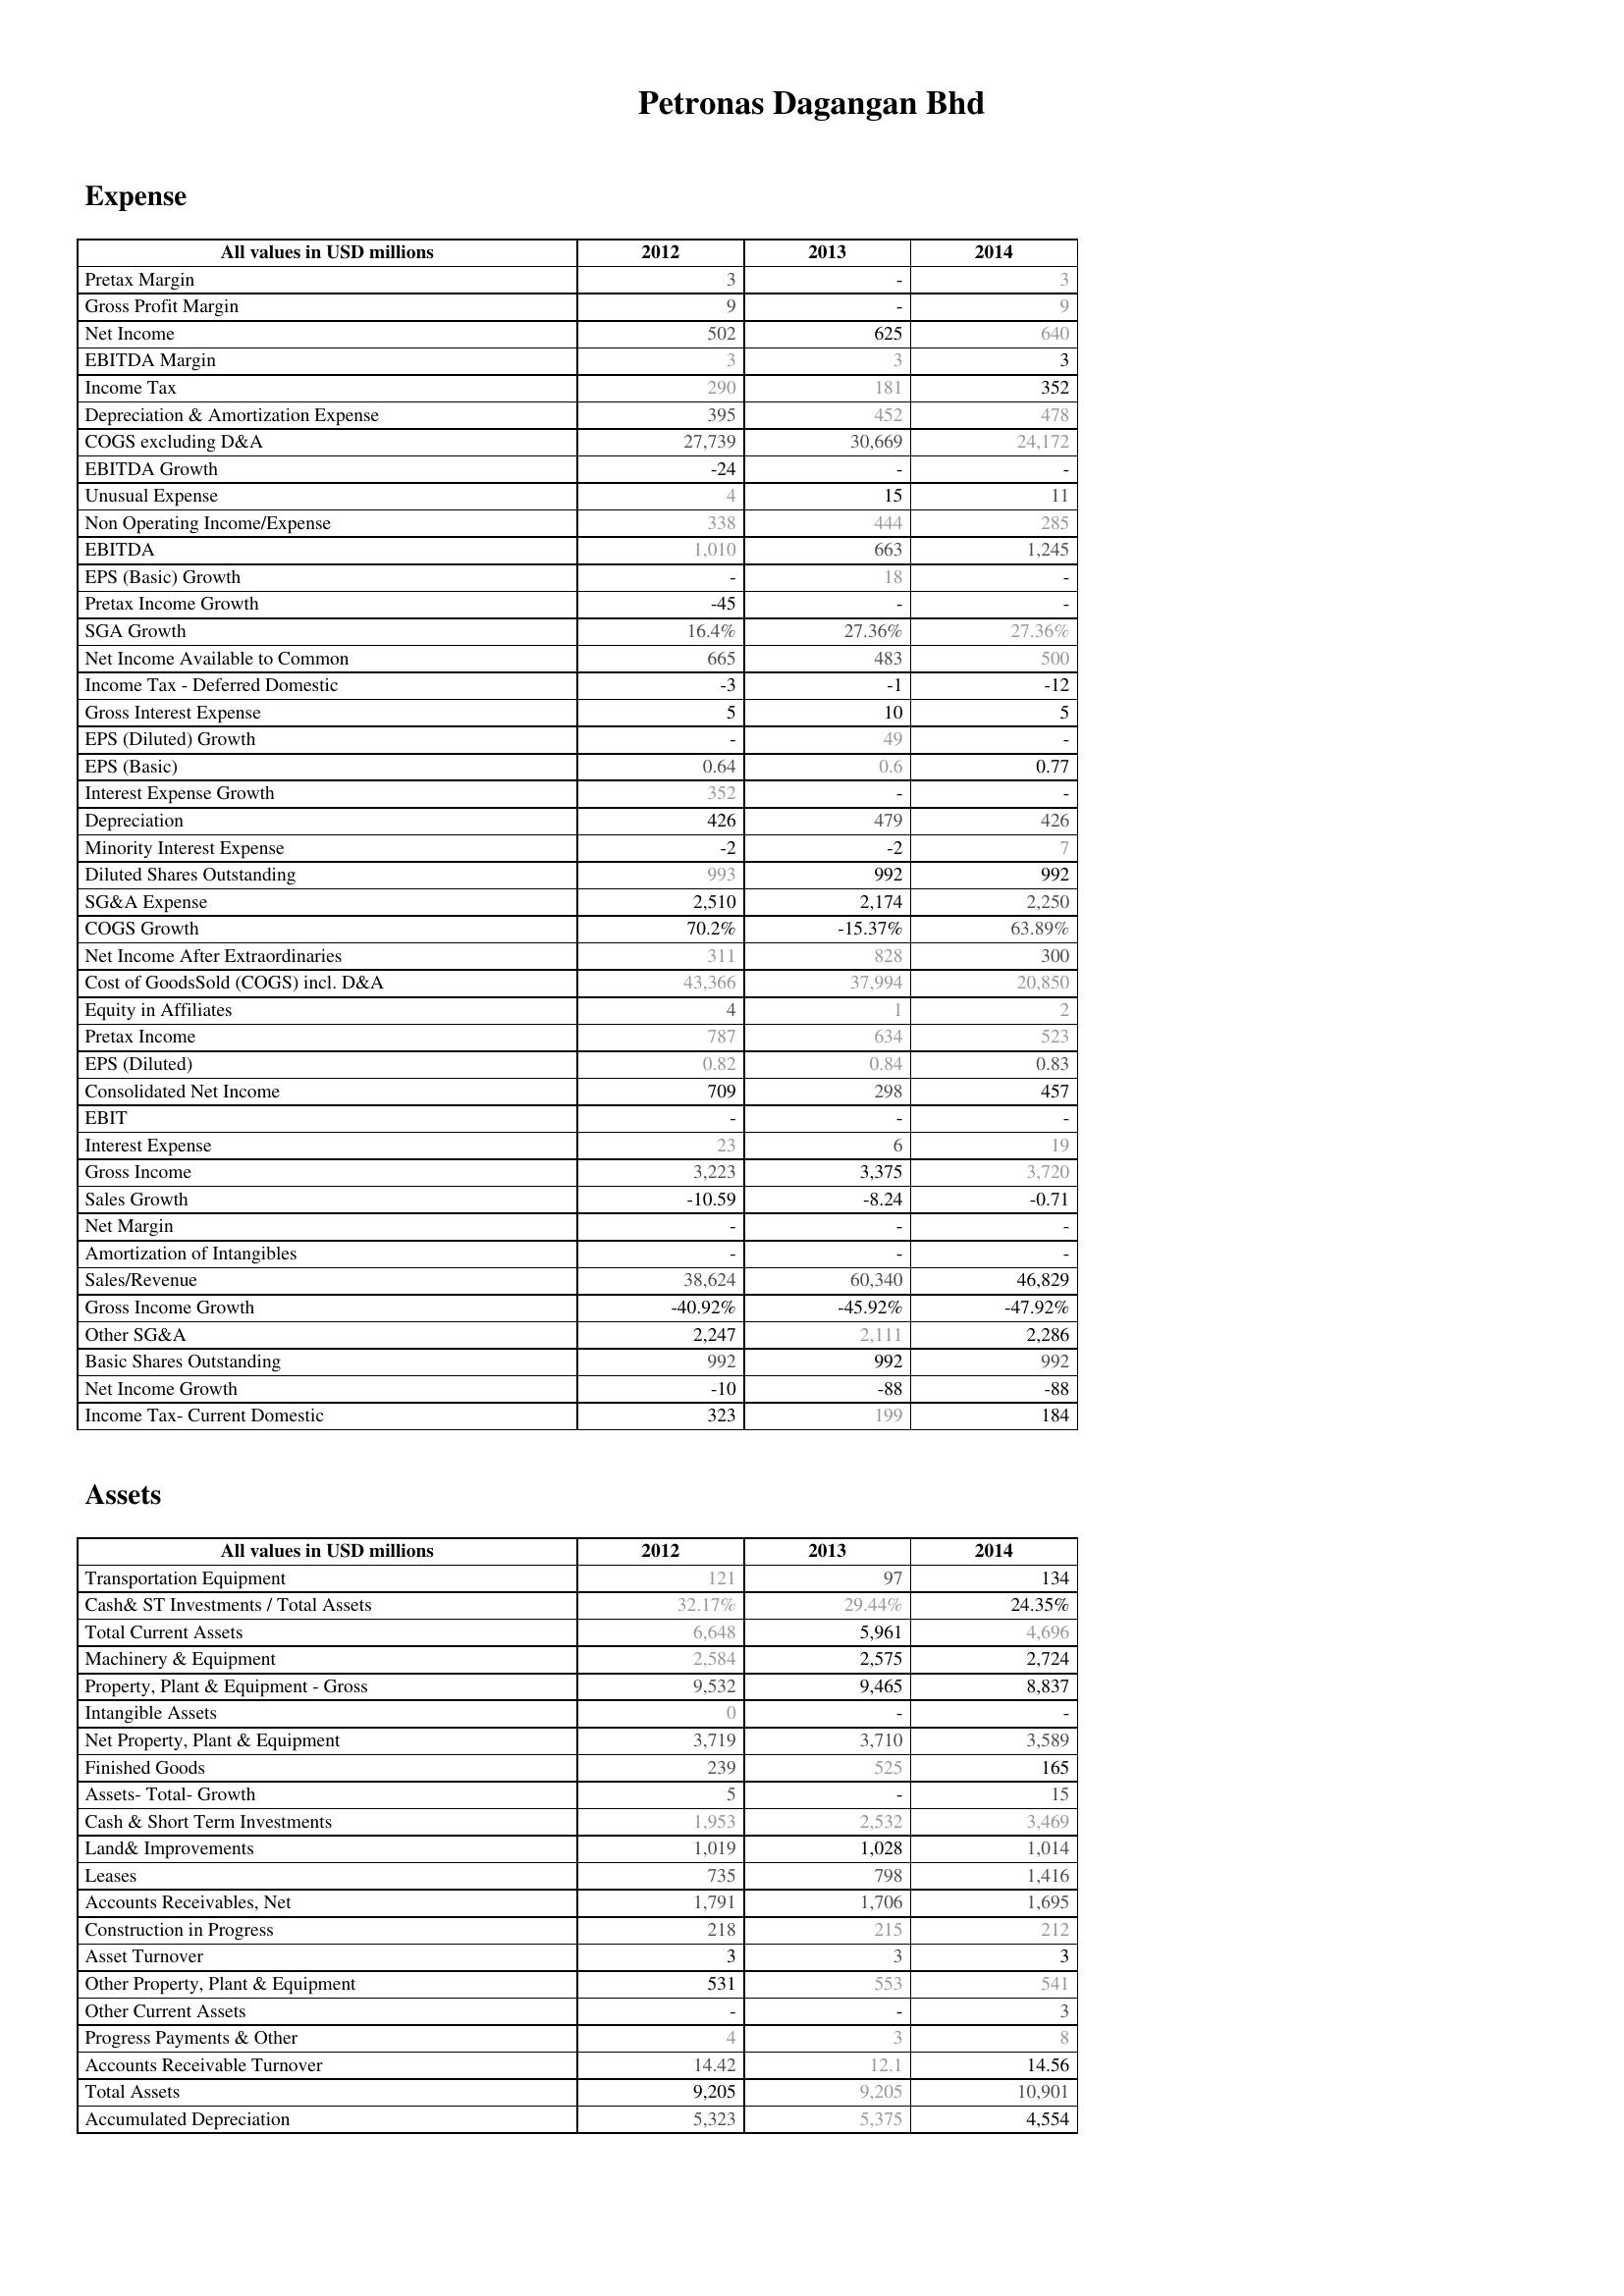
2012: Expense: Pretax Margin: 3
Gross Profit Margin: 9
Net Income: 502
EBITDA Margin: 3
Income Tax: 290
Depreciation & Amortization Expense: 395
COGS excluding D&A: 27,739
EBITDA Growth: -24
Unusual Expense: 4
Non Operating Income/Expense: 338
EBITDA: 1,010
EPS (Basic) Growth: -
Pretax Income Growth: -45
SGA Growth: 16.4%
Net Income Available to Common: 665
Income Tax - Deferred Domestic: -3
Gross Interest Expense: 5
EPS (Diluted) Growth: -
EPS (Basic): 0.64
Interest Expense Growth: 352
Depreciation: 426
Minority Interest Expense: -2
Diluted Shares Outstanding: 993
SG&A Expense: 2,510
COGS Growth: 70.2%
Net Income After Extraordinaries: 311
Cost of GoodsSold (COGS) incl. D&A: 43,366
Equity in Affiliates: 4
Pretax Income: 787
EPS (Diluted): 0.82
Consolidated Net Income: 709
EBIT: -
Interest Expense: 23
Gross Income: 3,223
Sales Growth: -10.59
Net Margin: -
Amortization of Intangibles: -
Sales/Revenue: 38,624
Gross Income Growth: -40.92%
Other SG&A: 2,247
Basic Shares Outstanding: 992
Net Income Growth: -10
Income Tax- Current Domestic: 323
Assets: Transportation Equipment: 121
Cash& ST Investments / Total Assets: 32.17%
Total Current Assets: 6,648
Machinery & Equipment: 2,584
Property, Plant & Equipment - Gross : 9,532
Intangible Assets: 0
Net Property, Plant & Equipment: 3,719
Finished Goods: 239
Assets- Total- Growth: 5
Cash & Short Term Investments: 1,953
Land& Improvements: 1,019
Leases: 735
Accounts Receivables, Net: 1,791
Construction in Progress: 218
Asset Turnover: 3
Other Property, Plant & Equipment: 531
Other Current Assets: -
Progress Payments & Other: 4
Accounts Receivable Turnover: 14.42
Total Assets: 9,205
Accumulated Depreciation: 5,323
2013: Expense: Pretax Margin: -
Gross Profit Margin: -
Net Income: 625
EBITDA Margin: 3
Income Tax: 181
Depreciation & Amortization Expense: 452
COGS excluding D&A: 30,669
EBITDA Growth: -
Unusual Expense: 15
Non Operating Income/Expense: 444
EBITDA: 663
EPS (Basic) Growth: 18
Pretax Income Growth: -
SGA Growth: 27.36%
Net Income Available to Common: 483
Income Tax - Deferred Domestic: -1
Gross Interest Expense: 10
EPS (Diluted) Growth: 49
EPS (Basic): 0.6
Interest Expense Growth: -
Depreciation: 479
Minority Interest Expense: -2
Diluted Shares Outstanding: 992
SG&A Expense: 2,174
COGS Growth: -15.37%
Net Income After Extraordinaries: 828
Cost of GoodsSold (COGS) incl. D&A: 37,994
Equity in Affiliates: 1
Pretax Income: 634
EPS (Diluted): 0.84
Consolidated Net Income: 298
EBIT: -
Interest Expense: 6
Gross Income: 3,375
Sales Growth: -8.24
Net Margin: -
Amortization of Intangibles: -
Sales/Revenue: 60,340
Gross Income Growth: -45.92%
Other SG&A: 2,111
Basic Shares Outstanding: 992
Net Income Growth: -88
Income Tax- Current Domestic: 199
Assets: Transportation Equipment: 97
Cash& ST Investments / Total Assets: 29.44%
Total Current Assets: 5,961
Machinery & Equipment: 2,575
Property, Plant & Equipment - Gross : 9,465
Intangible Assets: -
Net Property, Plant & Equipment: 3,710
Finished Goods: 525
Assets- Total- Growth: -
Cash & Short Term Investments: 2,532
Land& Improvements: 1,028
Leases: 798
Accounts Receivables, Net: 1,706
Construction in Progress: 215
Asset Turnover: 3
Other Property, Plant & Equipment: 553
Other Current Assets: -
Progress Payments & Other: 3
Accounts Receivable Turnover: 12.1
Total Assets: 9,205
Accumulated Depreciation: 5,375
2014: Expense: Pretax Margin: 3
Gross Profit Margin: 9
Net Income: 640
EBITDA Margin: 3
Income Tax: 352
Depreciation & Amortization Expense: 478
COGS excluding D&A: 24,172
EBITDA Growth: -
Unusual Expense: 11
Non Operating Income/Expense: 285
EBITDA: 1,245
EPS (Basic) Growth: -
Pretax Income Growth: -
SGA Growth: 27.36%
Net Income Available to Common: 500
Income Tax - Deferred Domestic: -12
Gross Interest Expense: 5
EPS (Diluted) Growth: -
EPS (Basic): 0.77
Interest Expense Growth: -
Depreciation: 426
Minority Interest Expense: 7
Diluted Shares Outstanding: 992
SG&A Expense: 2,250
COGS Growth: 63.89%
Net Income After Extraordinaries: 300
Cost of GoodsSold (COGS) incl. D&A: 20,850
Equity in Affiliates: 2
Pretax Income: 523
EPS (Diluted): 0.83
Consolidated Net Income: 457
EBIT: -
Interest Expense: 19
Gross Income: 3,720
Sales Growth: -0.71
Net Margin: -
Amortization of Intangibles: -
Sales/Revenue: 46,829
Gross Income Growth: -47.92%
Other SG&A: 2,286
Basic Shares Outstanding: 992
Net Income Growth: -88
Income Tax- Current Domestic: 184
Assets: Transportation Equipment: 134
Cash& ST Investments / Total Assets: 24.35%
Total Current Assets: 4,696
Machinery & Equipment: 2,724
Property, Plant & Equipment - Gross : 8,837
Intangible Assets: -
Net Property, Plant & Equipment: 3,589
Finished Goods: 165
Assets- Total- Growth: 15
Cash & Short Term Investments: 3,469
Land& Improvements: 1,014
Leases: 1,416
Accounts Receivables, Net: 1,695
Construction in Progress: 212
Asset Turnover: 3
Other Property, Plant & Equipment: 541
Other Current Assets: 3
Progress Payments & Other: 8
Accounts Receivable Turnover: 14.56
Total Assets: 10,901
Accumulated Depreciation: 4,554